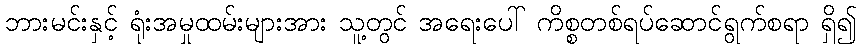
ဘားမင်းနှင့် ရုံးအမှုထမ်းများအား သူ့တွင် အရေးပေါ် ကိစ္စတစ်ရပ်ဆောင်ရွက်စရာ ရှိ၍